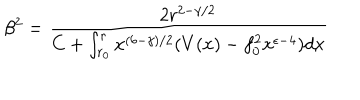
\beta ^ { 2 } = \frac { 2 r ^ { 2 - \gamma / 2 } } { C + \int _ { r _ { 0 } } ^ { r } x ^ { ( 6 - \gamma ) / 2 } ( V ( x ) - f _ { 0 } ^ { 2 } x ^ { \epsilon - 4 } ) d x }